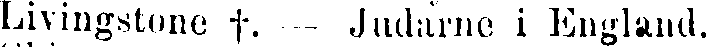
Livingstone †. — Judarne i England.